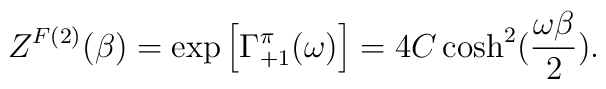
Z^{F(2)}(\beta) = \exp\left[\Gamma_{+1}^{\pi}(\omega)\right] = 4 C \cosh^2({\omega\beta\over2}).